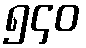
၅၄၀